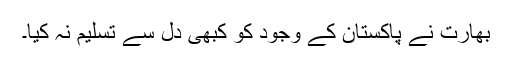
بھارت نے پاکستان کے وجود کو کبھی دل سے تسلیم نہ کیا۔